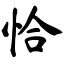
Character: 恰